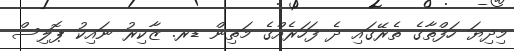
މިދިޔަ ހަފްތާގެ ތެރޭގައި ދެ ފަހަރެއްގެ މަތިން ޑރ. ޒާކިރު ނައިކު ޕޮލިސް